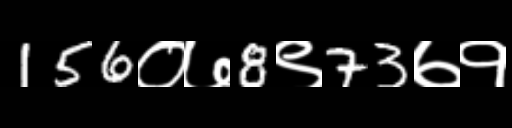
Text: 156०७8९73७१